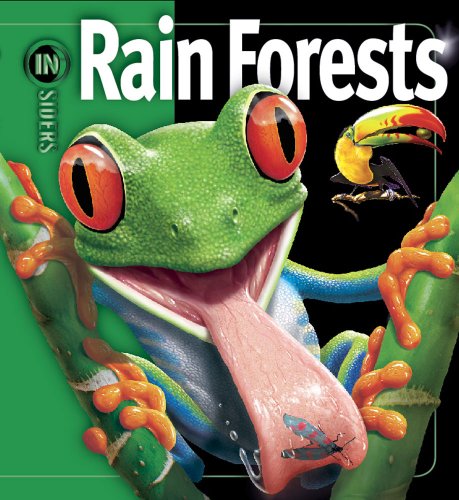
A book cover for Rain Forests (Insiders); Richard C. Vogt; Science & Math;